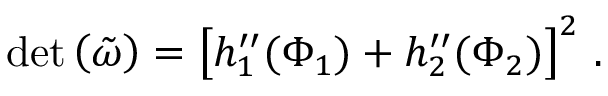
\begin{array} { r } { \mathrm { d e t } \left( \tilde { \omega } \right) = \left[ h _ { 1 } ^ { \prime \prime } ( \Phi _ { 1 } ) + h _ { 2 } ^ { \prime \prime } ( \Phi _ { 2 } ) \right] ^ { 2 } \, . } \end{array}